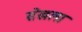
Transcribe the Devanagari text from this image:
सेखला